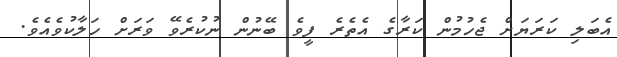
އެބަލި ކަރަޔަށް ޖެހުމުން ކަރާގެ އެތެރެ ފީވެ ބޭނުން ނުކުރެވޭ ވަރަށް ހަލާކުވެއެވެ.